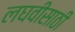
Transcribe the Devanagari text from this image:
लघवीसाठी